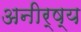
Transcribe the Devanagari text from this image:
अनीर्ष्य